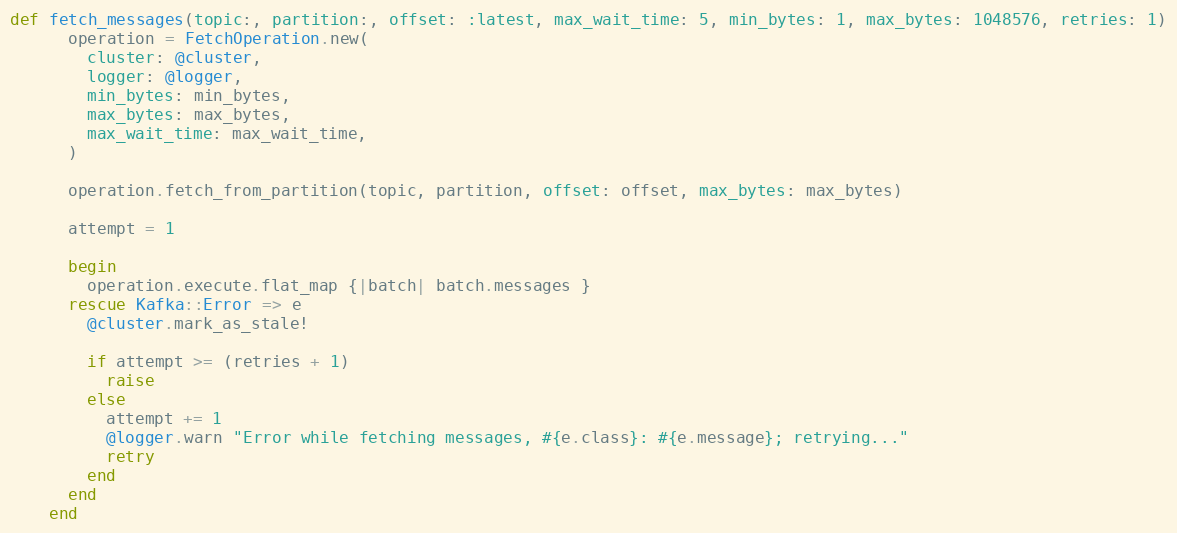
Language: Ruby
def fetch_messages(topic:, partition:, offset: :latest, max_wait_time: 5, min_bytes: 1, max_bytes: 1048576, retries: 1)
      operation = FetchOperation.new(
        cluster: @cluster,
        logger: @logger,
        min_bytes: min_bytes,
        max_bytes: max_bytes,
        max_wait_time: max_wait_time,
      )

      operation.fetch_from_partition(topic, partition, offset: offset, max_bytes: max_bytes)

      attempt = 1

      begin
        operation.execute.flat_map {|batch| batch.messages }
      rescue Kafka::Error => e
        @cluster.mark_as_stale!

        if attempt >= (retries + 1)
          raise
        else
          attempt += 1
          @logger.warn "Error while fetching messages, #{e.class}: #{e.message}; retrying..."
          retry
        end
      end
    end